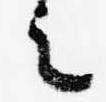
之